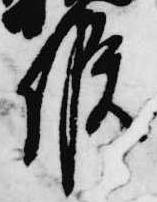
候